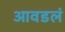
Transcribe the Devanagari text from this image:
आवडलं